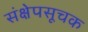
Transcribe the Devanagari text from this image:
संक्षेपसूचक